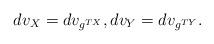
LaTeX: \begin{align*}dv_X = dv_{g^{TX}}, dv_Y = dv_{g^{TY}}.\end{align*}